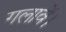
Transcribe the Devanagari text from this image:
गलावें।